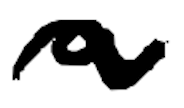
Text: a
Cross-out: wave
Writing tool: digital_black